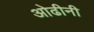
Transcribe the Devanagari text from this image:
ओढीनी